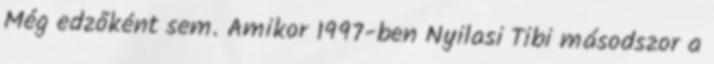
Még edzőként sem. Amikor 1997-ben Nyilasi Tibi másodszor a